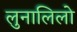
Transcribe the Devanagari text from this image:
लुनालिलो